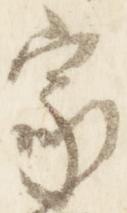
家